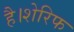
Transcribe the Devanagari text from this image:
है।शेरिफ